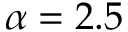
\alpha = 2 . 5